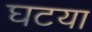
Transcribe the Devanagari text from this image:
घटया